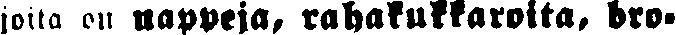
joita on nappeja rahakukkarolta, bro-